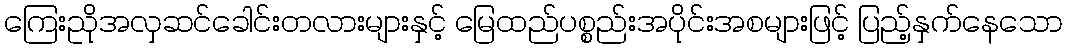
ကြေးညိုအလှဆင်ခေါင်းတလားများနှင့် မြေထည်ပစ္စည်းအပိုင်းအစများဖြင့် ပြည့်နှက်နေသော